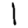
Digit: 1